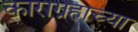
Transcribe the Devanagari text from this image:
काराग्रहाच्या